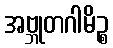
အဗ္ဘုတဂါမိဉ္စ